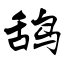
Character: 鸹